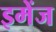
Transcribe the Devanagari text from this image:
इमेंज